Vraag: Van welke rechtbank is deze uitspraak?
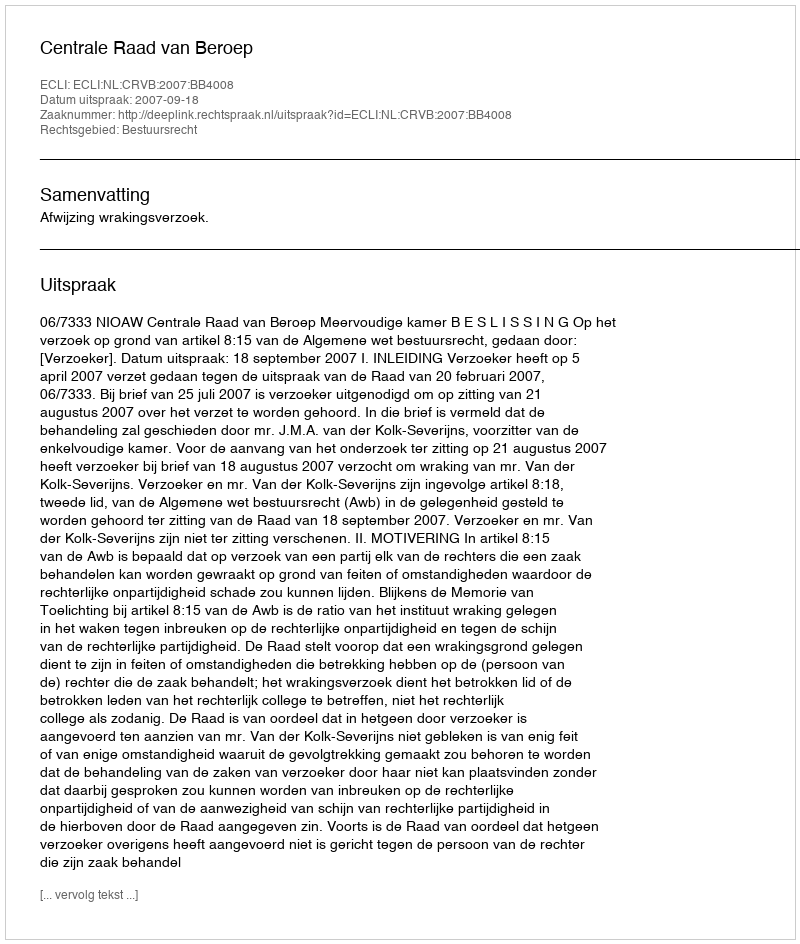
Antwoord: Centrale Raad van Beroep